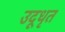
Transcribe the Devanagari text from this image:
उदूधृत